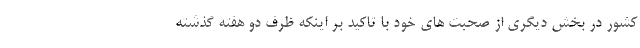
کشور در بخش دیگری از صحبت های خود با تاکید بر اینکه ظرف دو هفته گذشته